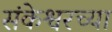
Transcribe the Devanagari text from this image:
संकेश्वरच्या